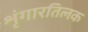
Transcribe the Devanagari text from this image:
शृंगारतिलक